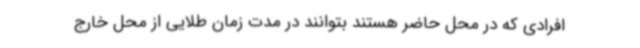
افرادی که در محل حاضر هستند بتوانند در مدت زمان طلایی از محل خارج